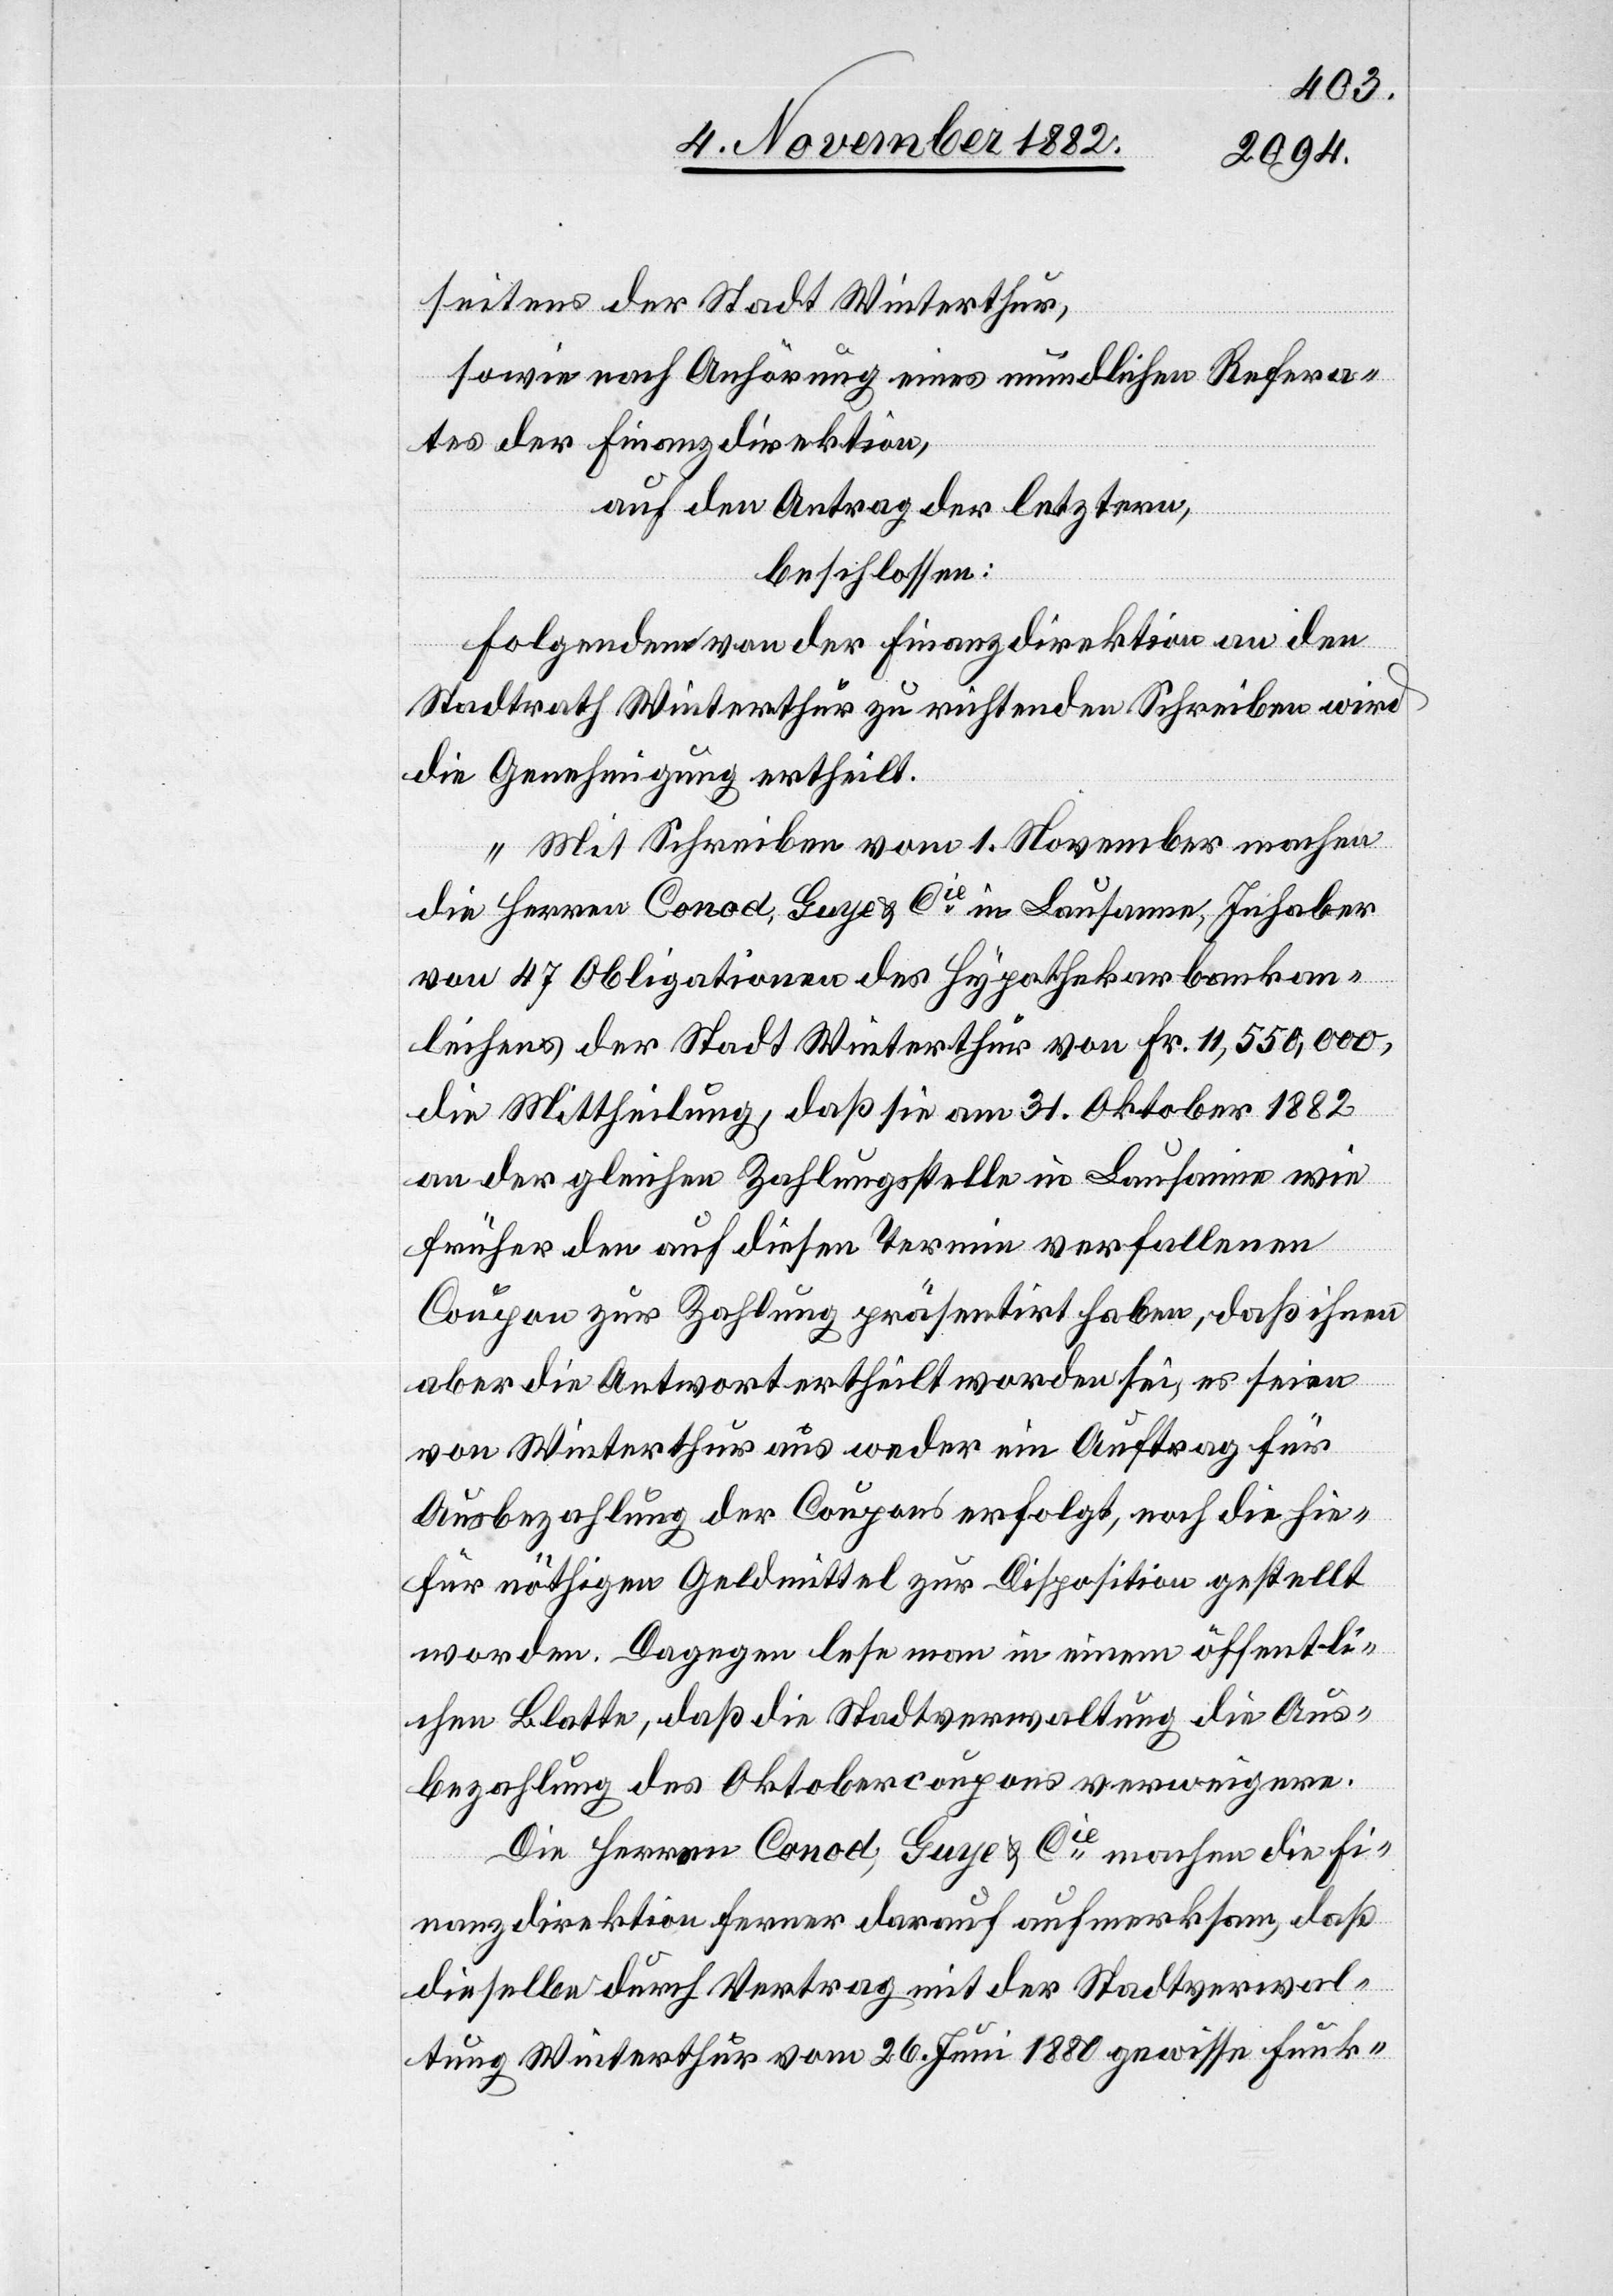
seitens der Stadt Winterthur,
sowie nach Anhörung eines mündlichen Refera¬
tes der Finanzdirektion,
auf den Antrag der letztern,
beschlossen:
Folgendem von der Finanzdirektion an den
Stadtrath Winterthur zu richtenden Schreiben wird
die Genehmigung ertheilt.
„Mit Schreiben vom 1. November machen
die Herren Conod, Guye & Cie in Lausanne, Inhaber
von 47 Obligationen des Hypothekarbankan¬
leihens der Stadt Winterthur von Fr. 11,550,000,
die Mittheilung, daß sie am 31. Oktober 1882
an der gleichen Zahlungsstelle in Lausanne wie
früher den auf diesen Termin verfallenen
Coupon zur Zahlung präsentirt haben, daß ihnen
aber die Antwort ertheilt worden sei, es seien
von Winterthur aus weder ein Auftrag für
Ausbezahlung der Coupons erfolgt, noch die hie¬
für nöthigen Geldmittel zur Disposition gestellt
worden. Dagegen lese man in einem öffentli¬
chen Blatte, daß die Stadtverwaltung die Aus¬
bezahlung des Oktobercoupons verweigere.
Die Herren Conod, Guye & Cie machen die Fi¬
nanzdirektion ferner darauf aufmerksam, daß
dieselbe durch Vertrag mit der Stadtverwal¬
tung Winterthur vom 26. Juni 1880 gewisse Funk-